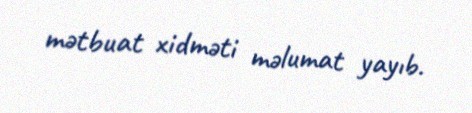
mətbuat xidməti məlumat yayıb.